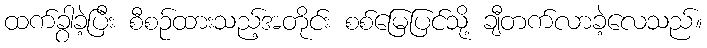
ထက်ခွာခဲ့ပြီး စီစဉ်ထားသည့်အတိုင်း စစ်မြေပြင်သို့ ချီတက်လာခဲ့လေသည်။